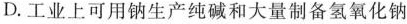
D.工业上可用钠生产纯碱和大量制备氢氧化钠